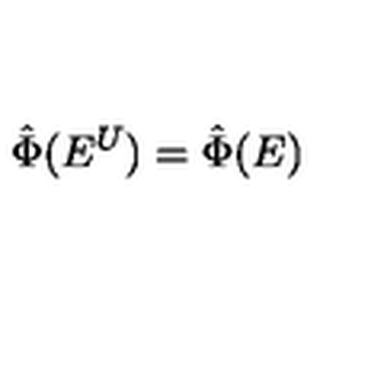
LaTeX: \hat { \Phi } ( E ^ { U } ) = \hat { \Phi } ( E )